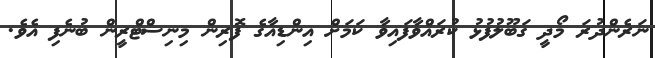
ނަރެންދުރަ މޯދީ ގަބޫލުފުޅު ކުރައްވާފައިވާ ކަމަށް އިންޑިއާގެ ފޮރިން މިނިސްޓްރީން ބުނެފި އެވެ.